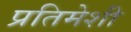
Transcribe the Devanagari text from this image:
प्रतिमेशी